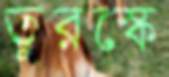
তুরস্কে